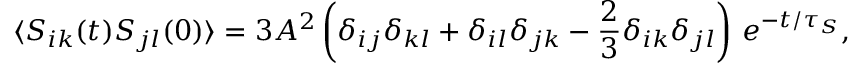
\langle S _ { i k } ( t ) S _ { j l } ( 0 ) \rangle = 3 A ^ { 2 } \left( \delta _ { i j } \delta _ { k l } + \delta _ { i l } \delta _ { j k } - \frac { 2 } { 3 } \delta _ { i k } \delta _ { j l } \right) \, e ^ { - t / \tau _ { S } } ,